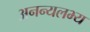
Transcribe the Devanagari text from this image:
अनन्यलभ्य